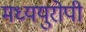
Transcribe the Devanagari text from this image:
मध्ययुरोपी